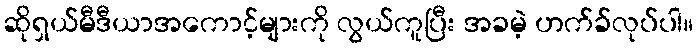
ဆိုရှယ်မီဒီယာအကောင့်များကို လွယ်ကူပြီး အခမဲ့ ဟက်ခ်လုပ်ပါ။